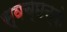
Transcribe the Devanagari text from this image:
स्वच्छन्दो